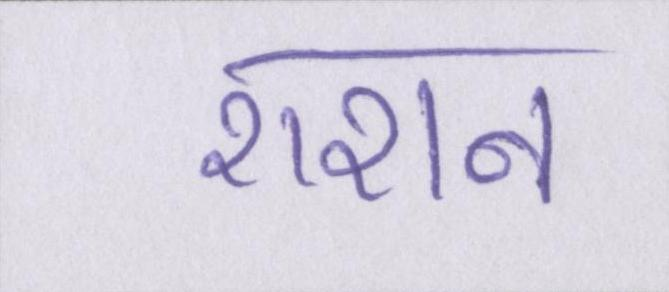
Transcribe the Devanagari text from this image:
राशन